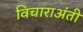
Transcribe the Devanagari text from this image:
विचाराअंती